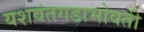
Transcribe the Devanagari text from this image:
यशवंतगडाभोवती